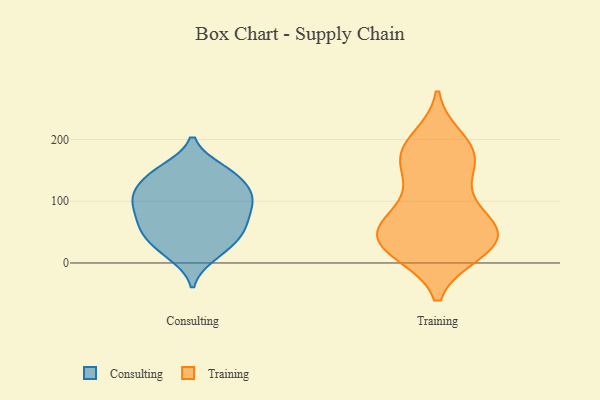
{"axis": {"x": "Market Share (%)", "y": "Value"}, "legend": ["Consulting", "Training"], "data": [{"x": "", "y": 97, "type": "Consulting"}, {"x": "", "y": 145, "type": "Consulting"}, {"x": "", "y": 12, "type": "Consulting"}, {"x": "", "y": 50, "type": "Consulting"}, {"x": "", "y": 64, "type": "Consulting"}, {"x": "", "y": 38, "type": "Consulting"}, {"x": "", "y": 97, "type": "Consulting"}, {"x": "", "y": 146, "type": "Consulting"}, {"x": "", "y": 71, "type": "Consulting"}, {"x": "", "y": 121, "type": "Consulting"}, {"x": "", "y": 68, "type": "Consulting"}, {"x": "", "y": 16, "type": "Consulting"}, {"x": "", "y": 152, "type": "Consulting"}, {"x": "", "y": 108, "type": "Consulting"}, {"x": "", "y": 145, "type": "Consulting"}, {"x": "", "y": 111, "type": "Consulting"}, {"x": "", "y": 113, "type": "Consulting"}, {"x": "", "y": 94, "type": "Consulting"}, {"x": "", "y": 33, "type": "Consulting"}, {"x": "", "y": 54, "type": "Consulting"}, {"x": "", "y": 166, "type": "Training"}, {"x": "", "y": 44, "type": "Training"}, {"x": "", "y": 62, "type": "Training"}, {"x": "", "y": 26, "type": "Training"}, {"x": "", "y": 71, "type": "Training"}, {"x": "", "y": 40, "type": "Training"}, {"x": "", "y": 68, "type": "Training"}, {"x": "", "y": 186, "type": "Training"}, {"x": "", "y": 20, "type": "Training"}, {"x": "", "y": 46, "type": "Training"}, {"x": "", "y": 176, "type": "Training"}, {"x": "", "y": 17, "type": "Training"}, {"x": "", "y": 49, "type": "Training"}, {"x": "", "y": 17, "type": "Training"}, {"x": "", "y": 149, "type": "Training"}, {"x": "", "y": 95, "type": "Training"}, {"x": "", "y": 185, "type": "Training"}, {"x": "", "y": 200, "type": "Training"}, {"x": "", "y": 135, "type": "Training"}]}